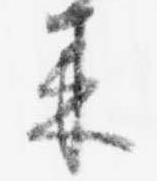
来